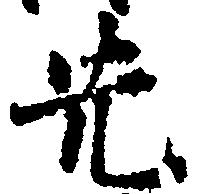
先